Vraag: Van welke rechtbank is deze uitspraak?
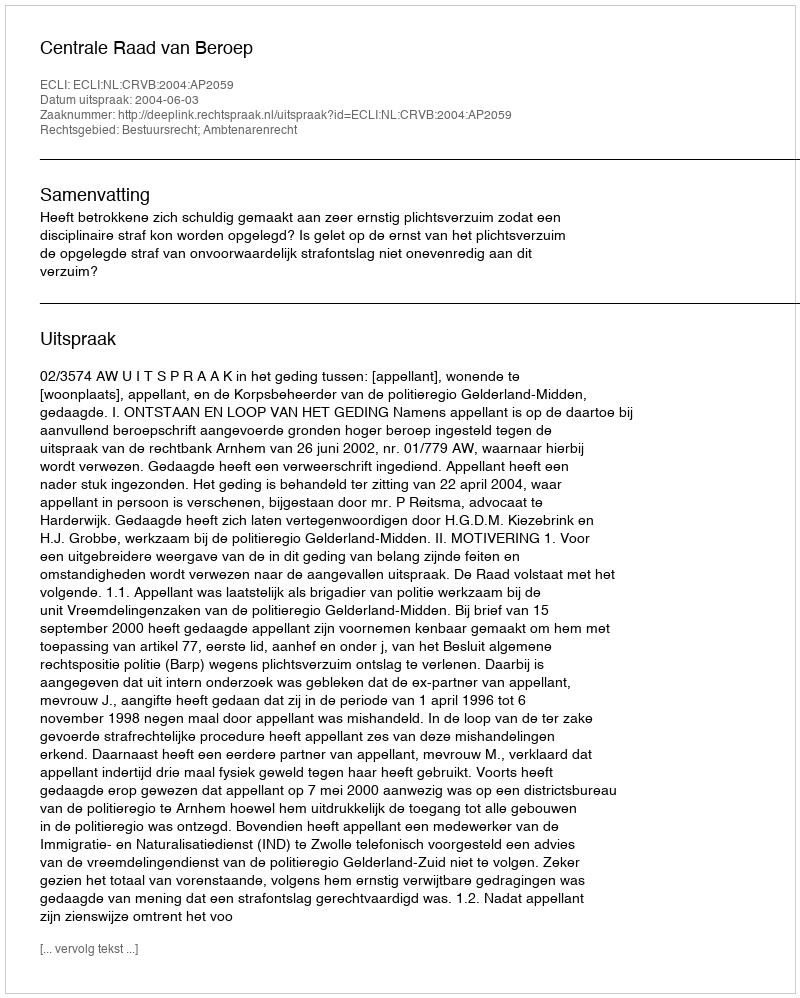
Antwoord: Centrale Raad van Beroep